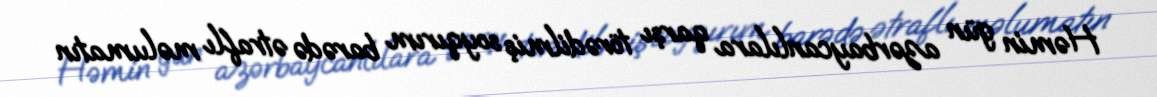
Həmin gün azərbaycanlılara qarşı törədilmiş soyqırım barədə ətraflı məlumatın